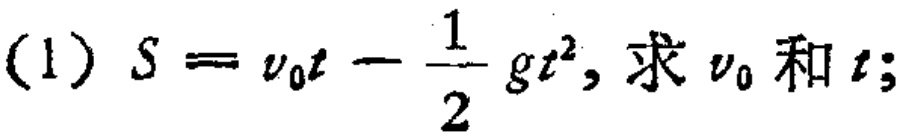
(1) \(S = v_{0}t-\frac{1}{2}gt^{2}\), 求 \(v_{0}\) 和 \(t\);